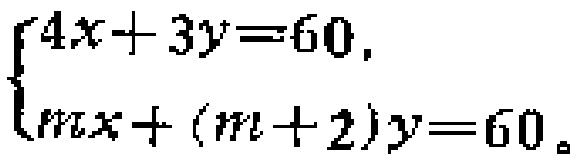
$\begin{cases}4x + 3y = 60,\\mx+(m + 2)y = 60。\end{cases}$